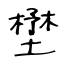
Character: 壄